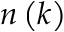
n \left( k \right)